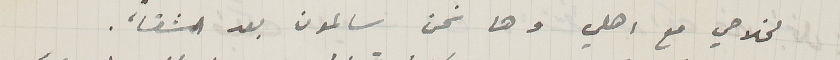
لخلاصي مع اهلي وها نحن سالمون بعد الشقأ.